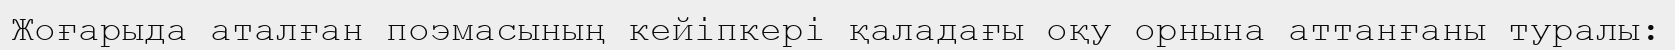
Жоғарыда аталған поэмасының кейіпкері қаладағы оқу орнына аттанғаны туралы: